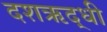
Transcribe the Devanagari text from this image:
दशऋद्धी